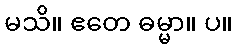
မသိ။ ဧတေ ဓမ္မာ။ ပ။